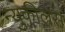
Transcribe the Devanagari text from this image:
न्युकीलस